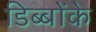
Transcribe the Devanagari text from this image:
डिब्बोंके